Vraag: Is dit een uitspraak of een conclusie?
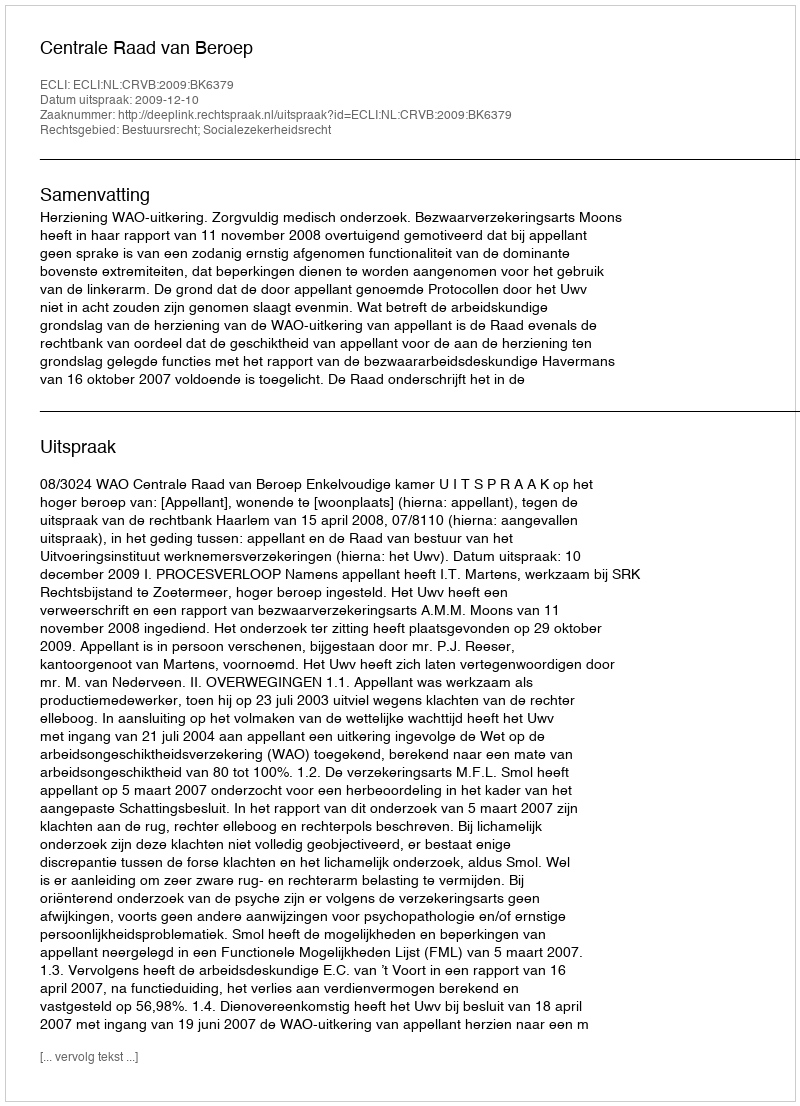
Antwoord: Uitspraak